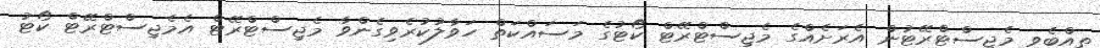
ތިއްބެވި މެޖިސްޓްރޭޓުން އެރަށެއްގެ މެޖިސްޓްރޭޓް ކޯޓުގެ މަސައްކަތް ހަވާލުކުރެވިގެންވާ މެޖިސްޓްރޭޓް އެމެޖިސްޓްރޭޓް ކޯޓު